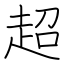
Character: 超